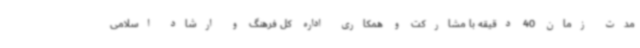
مدت زمان 40 دقیقه‌ با مشارکت و همکاری اداره کل فرهنگ و ارشاد اسلامی